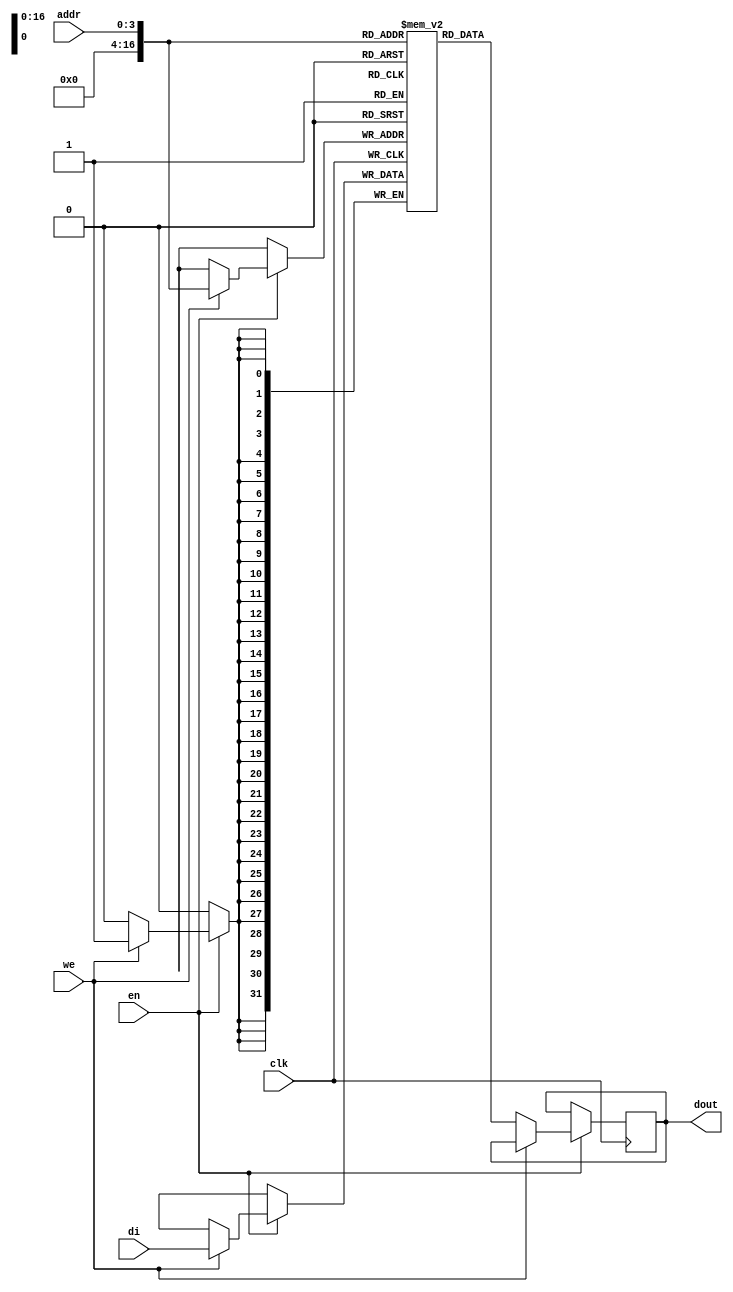
`timescale 1ns / 1ps

/////////////////////////////////////////////////////////////////////////////////////
////////////////////////////////////////////////////////////////////////////////////



module BiasRAM(clk, we, en, addr, di, dout);
input clk;
input we;
input en;
input [3:0] addr;
input [31:0] di;
output [31:0] dout;


reg [31:0] RAM [74000:0];

reg [31:0] dout;
always @(posedge clk) begin
     if (en) begin
     if (we)
       RAM[addr] <= di;
     else
       dout <= RAM[addr];
     end

end
endmodule